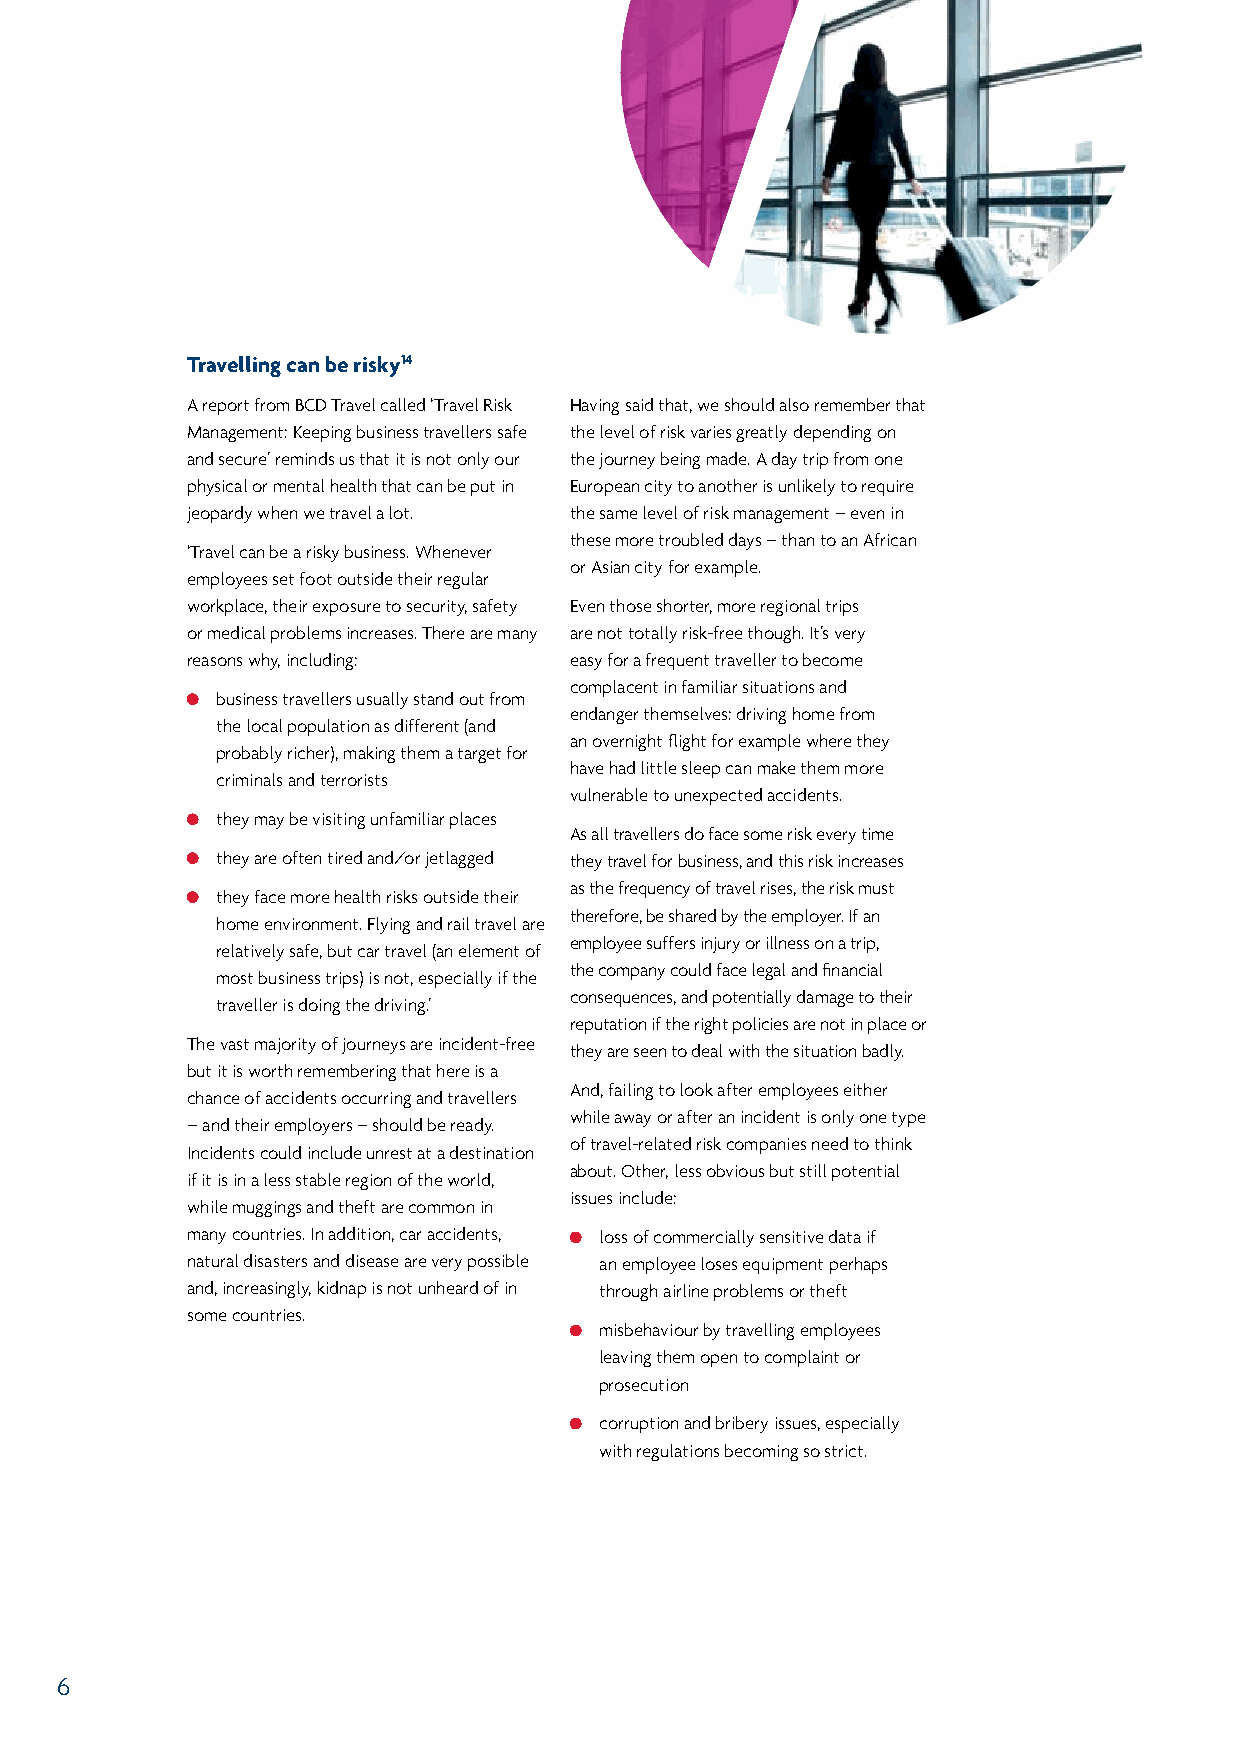
Travelling can be risky14
 A report from BCD Travel called ‘Travel Risk Having said that, we should also remember that
 Management: Keeping business travellers safe the level of risk varies greatly depending on
 and secure’ reminds us that it is not only our the journey being made. A day trip from one
 physical or mental health that can be put in European city to another is unlikely to require
 jeopardy when we travel a lot. the same level of risk management – even in
 these more troubled days – than to an African
 ‘Travel can be a risky business. Whenever
 or Asian city for example.
 employees set foot outside their regular
 workplace, their exposure to security, safety Even those shorter, more regional trips
 or medical problems increases. There are many are not totally risk-free though. It’s very
 reasons why, including:   easy for a frequent traveller to become
 complacent in familiar situations and
 business travellers usually stand out from
 endanger themselves: driving home from
 the local population as different (and
 an overnight flight for example where they
 probably richer), making them a target for
 have had little sleep can make them more
 criminals and terrorists
 vulnerable to unexpected accidents.
 they may be visiting unfamiliar places
 As all travellers do face some risk every time
 they are often tired and/or jetlagged they travel for business, and this risk increases
 as the frequency of travel rises, the risk must
 they face more health risks outside their
 therefore, be shared by the employer. If an
 home environment. Flying and rail travel are
 employee suffers injury or illness on a trip,
 relatively safe, but car travel (an element of
 the company could face legal and financial
 most business trips) is not, especially if the
 consequences, and potentially damage to their
 traveller is doing the driving.’
 reputation if the right policies are not in place or
 The vast majority of journeys are incident-free
 they are seen to deal with the situation badly.
 but it is worth remembering that here is a
 And, failing to look after employees either
 chance of accidents occurring and travellers
 while away or after an incident is only one type
 – and their employers – should be ready.
 of travel-related risk companies need to think
 Incidents could include unrest at a destination
 about. Other, less obvious but still potential
 if it is in a less stable region of the world,
 issues include:
 while muggings and theft are common in
 many countries. In addition, car accidents, loss of commercially sensitive data if
 natural disasters and disease are very possible an employee loses equipment perhaps
 and, increasingly, kidnap is not unheard of in through airline problems or theft
 some countries.
 misbehaviour by travelling employees
 leaving them open to complaint or
 prosecution
 corruption and bribery issues, especially
 with regulations becoming so strict.
 6